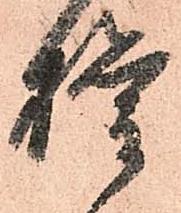
権